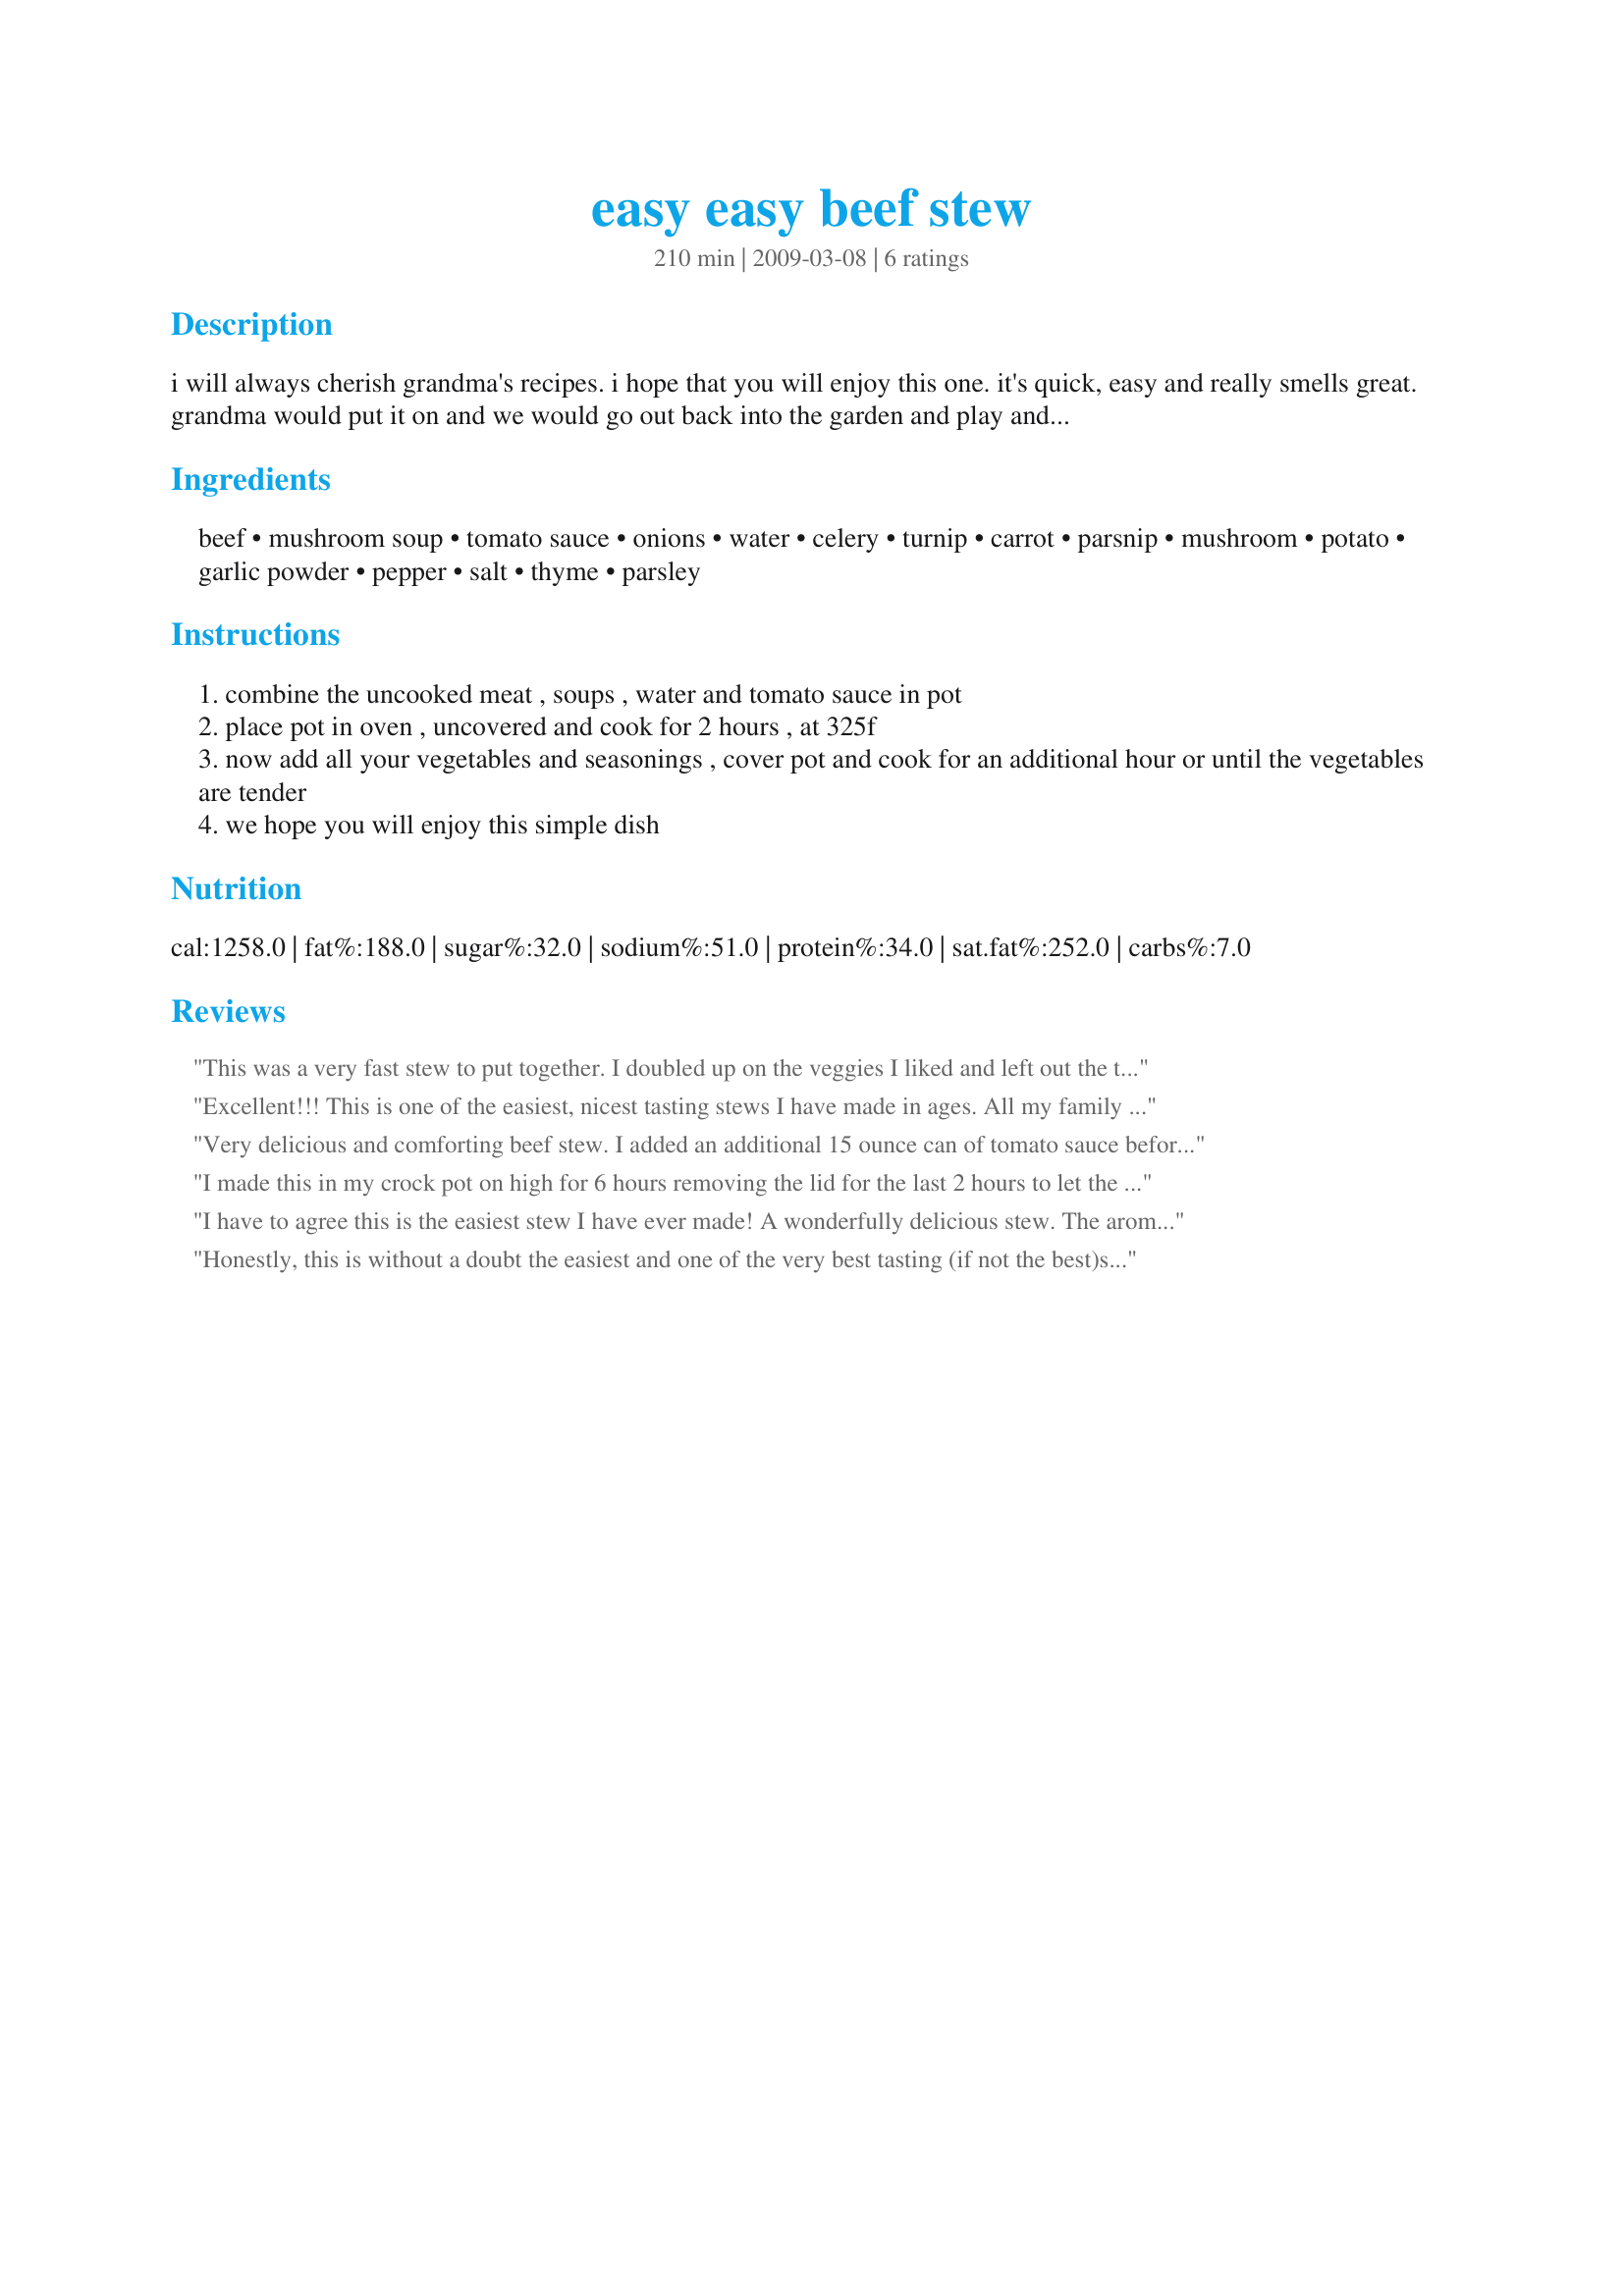
easy easy beef stew
Preparation time: 210 minutes

i will always cherish grandma's recipes. i hope that you will enjoy this one. it's quick, easy and really smells great. grandma would put it on and we would go out back into the garden and play and learn about herbs. great memories.

Ingredients:
beef, mushroom soup, tomato sauce, onions, water, celery, turnip, carrot, parsnip, mushroom, potato, garlic powder, pepper, salt, thyme, parsley

Steps:
combine the uncooked meat , soups , water and tomato sauce in pot
place pot in oven , uncovered and cook for 2 hours , at 325f
now add all your vegetables and seasonings , cover pot and cook for an additional hour or until the vegetables are tender
we hope you will enjoy this simple dish

Reviews:
This was a very fast stew to put together. I doubled up on the veggies I liked and left out the turnip. Thanks for the recipe.
Excellent!!! This is one of the easiest, nicest tasting stews I have made in ages. All my family loved this one and raved on the flavour of the dish and the tenderness of the meat. I made as is except for subbing sweet potato for regular and I could not get any turnips, apart from that no changes made. A truly wonderful recipe BK I will look forward to making this one again and again. Huge thumbs up from the whole family!!!! :)
Very delicious and comforting beef stew. I added an additional 15 ounce can of tomato sauce before adding veggies as my beef was quite dry after the first two hours. The extra sauce and some additional water seemed to do the trick! Thanks, Baby Kato! Made for Aussie New Zealand Recipe Swap.
I made this in my crock pot on high for 6 hours removing the lid for the last 2 hours to let the stew thicken. I left out the parsnips and mushrooms because I didn't have any on hand. This was very easy to throw together and tastes great. The house smelled so good while the stew was cooking. I served the stew over some white rice. Made for Diabetic Cooking Tag Game.
I have to agree this is the easiest stew I have ever made! A wonderfully delicious stew. The aroma alone is worth a five! Other then using regular mushrooms made as posted. The combination of vegetables, seasonings along with the soup and tomato sauce gave this an absolutely unique taste - just like one expects from a 'grandma' recipe! Thank you for sharing your grandma's recipe. it's so a repeatable.
Honestly, this is without a doubt the easiest and one of the very best tasting (if not the best)stews I have ever made. The beef is amazingly tender, the veggies all perfectly cooked and the seasoning is dead on, although I did omit the pepper because we have a very wide range of pepper preference in this house and it so easy to add it to taste individually. On top of all that I can't describe how wonderful the aroma is while cooking. Anyone who comes into your house during the last hour and a half of cooking is going to want to stay for dinner. This will be my "go to" stew recipe now. Made for Photo Tag.
